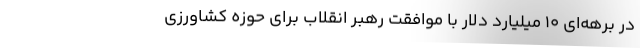
در برهه‌ای ۱۰ میلیارد دلار با موافقت رهبر انقلاب برای حوزه کشاورزی